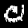
Label: 0